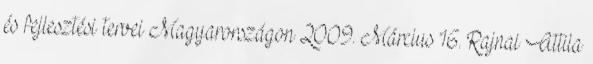
és fejlesztési tervei Magyarországon 2009. Március 16. Rajnai Attila